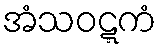
အံသဝဋ္ဋကံ